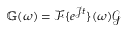
\mathbb { G } ( \omega ) = \mathcal { F } \{ e ^ { \mathcal J t } \} ( \omega ) \mathcal { G }